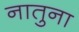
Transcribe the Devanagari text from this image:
नातुना